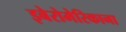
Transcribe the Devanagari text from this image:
इबेरोमेरिकाना